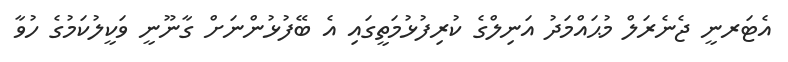
އެޓަރނީ ޖެނެރަލް މުޙައްމަދު އަނިލްގެ ކުރިފުޅުމަތީގައި އެ ބޭފުޅުންނަށް ގާނޫނީ ވަކީލުކަމުގެ ހުވާ